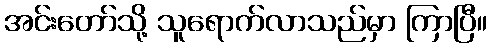
အင်းတော်သို့ သူရောက်လာသည်မှာ ကြာပြီ။